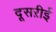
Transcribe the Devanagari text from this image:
दूसऱीई